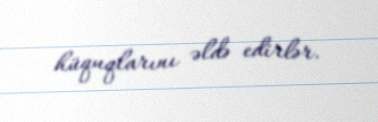
hüquqlarını əldə edirlər.